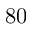
8 0